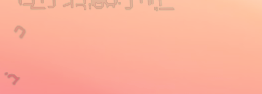
أحدث موديلات الأحذية الري